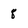
Character: 8